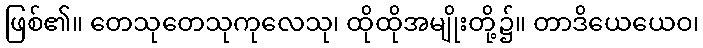
ဖြစ်၏။ တေသုတေသုကုလေသု၊ ထိုထိုအမျိုးတို့၌။ တာဒိယေယေဝ၊